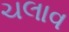
ચલાવ